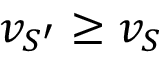
v _ { S ^ { \prime } } \geq v _ { S }